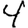
Digit: 4